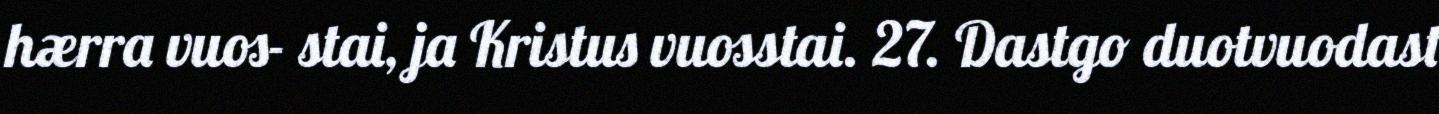
hærra vuos- stai, ja Kristus vuosstai. 27. Dastgo duotvuodast